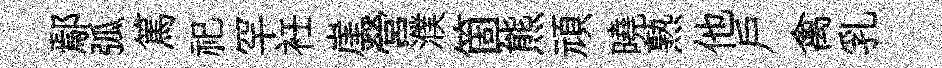
鄢弧篤祀罕衽崖營濮箇熊頑曉熟他戸禽乳